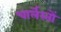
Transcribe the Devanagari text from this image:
चार्लेस्तों